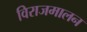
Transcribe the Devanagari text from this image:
विराजमालन